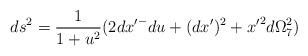
LaTeX: \begin{align*}ds^2=\frac{1}{1+u^2}(2{dx'}^-du +(dx')^2 +{x'}^2 d\Omega_7^2)\end{align*}